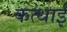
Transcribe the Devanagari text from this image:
कत्थाई